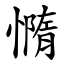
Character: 憜